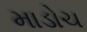
માડોચ